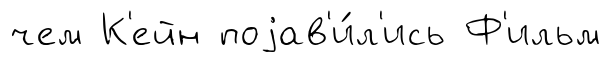
чем К'ейн поjав'и́л'ись Ф'ильм